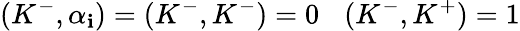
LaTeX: (K^{-},\alpha_{\mathbf{i}})=(K^{-},K^{-})=0\: \: \: \: (K^{-},K^{+})=1